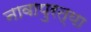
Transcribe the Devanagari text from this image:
नावापुरत्या